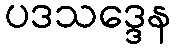
ပဒသဒ္ဒေန